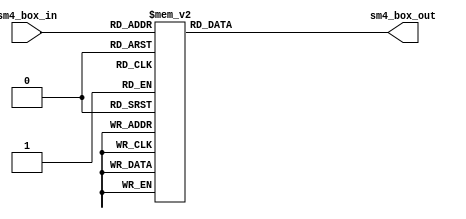
module SM4_SBOX(
	input      [7:0]    sm4_box_in,
	output reg [7:0]    sm4_box_out													
);

always @(*) begin
	case(sm4_box_in)
		8'h00:	  sm4_box_out	<=	8'hd6;
		8'h01:	  sm4_box_out	<=	8'h90;
		8'h02:	  sm4_box_out	<=	8'he9;
		8'h03:	  sm4_box_out	<=	8'hfe;
		8'h04:	  sm4_box_out	<=	8'hcc;
		8'h05:	  sm4_box_out	<=	8'he1;
		8'h06:	  sm4_box_out	<=	8'h3d;
		8'h07:	  sm4_box_out	<=	8'hb7;
		8'h08:	  sm4_box_out	<=	8'h16;
		8'h09:	  sm4_box_out	<=	8'hb6;
		8'h0a:	  sm4_box_out	<=	8'h14;
		8'h0b:	  sm4_box_out	<=	8'hc2;
		8'h0c:	  sm4_box_out	<=	8'h28;
		8'h0d:	  sm4_box_out	<=	8'hfb;
		8'h0e:	  sm4_box_out	<=	8'h2c;
		8'h0f:	  sm4_box_out	<=	8'h05;
		8'h10:	  sm4_box_out	<=	8'h2b;
		8'h11:	  sm4_box_out	<=	8'h67;
		8'h12:	  sm4_box_out	<=	8'h9a;
		8'h13:	  sm4_box_out	<=	8'h76;
		8'h14:	  sm4_box_out	<=	8'h2a;
		8'h15:	  sm4_box_out	<=	8'hbe;
		8'h16:	  sm4_box_out	<=	8'h04;
		8'h17:	  sm4_box_out	<=	8'hc3;
		8'h18:	  sm4_box_out	<=	8'haa;
		8'h19:	  sm4_box_out	<=	8'h44;
		8'h1a:	  sm4_box_out	<=	8'h13;
		8'h1b:	  sm4_box_out	<=	8'h26;
		8'h1c:	  sm4_box_out	<=	8'h49;
		8'h1d:	  sm4_box_out	<=	8'h86;
		8'h1e:	  sm4_box_out	<=	8'h06;
		8'h1f:	  sm4_box_out	<=	8'h99;
		8'h20:	  sm4_box_out	<=	8'h9c;
		8'h21:	  sm4_box_out	<=	8'h42;
		8'h22:	  sm4_box_out	<=	8'h50;
		8'h23:	  sm4_box_out	<=	8'hf4;
		8'h24:	  sm4_box_out	<=	8'h91;
		8'h25:	  sm4_box_out	<=	8'hef;
		8'h26:	  sm4_box_out	<=	8'h98;
		8'h27:	  sm4_box_out	<=	8'h7a;
		8'h28:	  sm4_box_out	<=	8'h33;
		8'h29:	  sm4_box_out	<=	8'h54;
		8'h2a:	  sm4_box_out	<=	8'h0b;
		8'h2b:	  sm4_box_out	<=	8'h43;
		8'h2c:	  sm4_box_out	<=	8'hed;
		8'h2d:	  sm4_box_out	<=	8'hcf;
		8'h2e:	  sm4_box_out	<=	8'hac;
		8'h2f:	  sm4_box_out	<=	8'h62;
		8'h30:	  sm4_box_out	<=	8'he4;
		8'h31:	  sm4_box_out	<=	8'hb3;
		8'h32:	  sm4_box_out	<=	8'h1c;
		8'h33:	  sm4_box_out	<=	8'ha9;
		8'h34:	  sm4_box_out	<=	8'hc9;
		8'h35:	  sm4_box_out	<=	8'h08;
		8'h36:	  sm4_box_out	<=	8'he8;
		8'h37:	  sm4_box_out	<=	8'h95;
		8'h38:	  sm4_box_out	<=	8'h80;
		8'h39:	  sm4_box_out	<=	8'hdf;
		8'h3a:	  sm4_box_out	<=	8'h94;
		8'h3b:	  sm4_box_out	<=	8'hfa;
		8'h3c:	  sm4_box_out	<=	8'h75;
		8'h3d:	  sm4_box_out	<=	8'h8f;
		8'h3e:	  sm4_box_out	<=	8'h3f;
		8'h3f:	  sm4_box_out	<=	8'ha6;
		8'h40:	  sm4_box_out	<=	8'h47;
		8'h41:	  sm4_box_out	<=	8'h07;
		8'h42:	  sm4_box_out	<=	8'ha7;
		8'h43:	  sm4_box_out	<=	8'hfc;
		8'h44:	  sm4_box_out	<=	8'hf3;
		8'h45:	  sm4_box_out	<=	8'h73;
		8'h46:	  sm4_box_out	<=	8'h17;
		8'h47:	  sm4_box_out	<=	8'hba;
		8'h48:	  sm4_box_out	<=	8'h83;
		8'h49:	  sm4_box_out	<=	8'h59;
		8'h4a:	  sm4_box_out	<=	8'h3c;
		8'h4b:	  sm4_box_out	<=	8'h19;
		8'h4c:	  sm4_box_out	<=	8'he6;
		8'h4d:	  sm4_box_out	<=	8'h85;
		8'h4e:	  sm4_box_out	<=	8'h4f;
		8'h4f:	  sm4_box_out	<=	8'ha8;
		8'h50:	  sm4_box_out	<=	8'h68;
		8'h51:	  sm4_box_out	<=	8'h6b;
		8'h52:	  sm4_box_out	<=	8'h81;
		8'h53:	  sm4_box_out	<=	8'hb2;
		8'h54:	  sm4_box_out	<=	8'h71;
		8'h55:	  sm4_box_out	<=	8'h64;
		8'h56:	  sm4_box_out	<=	8'hda;
		8'h57:	  sm4_box_out	<=	8'h8b;
		8'h58:	  sm4_box_out	<=	8'hf8;
		8'h59:	  sm4_box_out	<=	8'heb;
		8'h5a:	  sm4_box_out	<=	8'h0f;
		8'h5b:	  sm4_box_out	<=	8'h4b;
		8'h5c:	  sm4_box_out	<=	8'h70;
		8'h5d:	  sm4_box_out	<=	8'h56;
		8'h5e:	  sm4_box_out	<=	8'h9d;
		8'h5f:	  sm4_box_out	<=	8'h35;
		8'h60:	  sm4_box_out	<=	8'h1e;
		8'h61:	  sm4_box_out	<=	8'h24;
		8'h62:	  sm4_box_out	<=	8'h0e;
		8'h63:	  sm4_box_out	<=	8'h5e;
		8'h64:	  sm4_box_out	<=	8'h63;
		8'h65:	  sm4_box_out	<=	8'h58;
		8'h66:	  sm4_box_out	<=	8'hd1;
		8'h67:	  sm4_box_out	<=	8'ha2;
		8'h68:	  sm4_box_out	<=	8'h25;
		8'h69:	  sm4_box_out	<=	8'h22;
		8'h6a:	  sm4_box_out	<=	8'h7c;
		8'h6b:	  sm4_box_out	<=	8'h3b;
		8'h6c:	  sm4_box_out	<=	8'h01;
		8'h6d:	  sm4_box_out	<=	8'h21;
		8'h6e:	  sm4_box_out	<=	8'h78;
		8'h6f:	  sm4_box_out	<=	8'h87;
		8'h70:	  sm4_box_out	<=	8'hd4;
		8'h71:	  sm4_box_out	<=	8'h00;
		8'h72:	  sm4_box_out	<=	8'h46;
		8'h73:	  sm4_box_out	<=	8'h57;
		8'h74:	  sm4_box_out	<=	8'h9f;
		8'h75:	  sm4_box_out	<=	8'hd3;
		8'h76:	  sm4_box_out	<=	8'h27;
		8'h77:	  sm4_box_out	<=	8'h52;
		8'h78:	  sm4_box_out	<=	8'h4c;
		8'h79:	  sm4_box_out	<=	8'h36;
		8'h7a:	  sm4_box_out	<=	8'h02;
		8'h7b:	  sm4_box_out	<=	8'he7;
		8'h7c:	  sm4_box_out	<=	8'ha0;
		8'h7d:	  sm4_box_out	<=	8'hc4;
		8'h7e:	  sm4_box_out	<=	8'hc8;
		8'h7f:	  sm4_box_out	<=	8'h9e;
		8'h80:	  sm4_box_out	<=	8'hea;
		8'h81:	  sm4_box_out	<=	8'hbf;
		8'h82:	  sm4_box_out	<=	8'h8a;
		8'h83:	  sm4_box_out	<=	8'hd2;
		8'h84:	  sm4_box_out	<=	8'h40;
		8'h85:	  sm4_box_out	<=	8'hc7;
		8'h86:	  sm4_box_out	<=	8'h38;
		8'h87:	  sm4_box_out	<=	8'hb5;
		8'h88:	  sm4_box_out	<=	8'ha3;
		8'h89:	  sm4_box_out	<=	8'hf7;
		8'h8a:	  sm4_box_out	<=	8'hf2;
		8'h8b:	  sm4_box_out	<=	8'hce;
		8'h8c:	  sm4_box_out	<=	8'hf9;
		8'h8d:	  sm4_box_out	<=	8'h61;
		8'h8e:	  sm4_box_out	<=	8'h15;
		8'h8f:	  sm4_box_out	<=	8'ha1;
		8'h90:	  sm4_box_out	<=	8'he0;
		8'h91:	  sm4_box_out	<=	8'hae;
		8'h92:	  sm4_box_out	<=	8'h5d;
		8'h93:	  sm4_box_out	<=	8'ha4;
		8'h94:	  sm4_box_out	<=	8'h9b;
		8'h95:	  sm4_box_out	<=	8'h34;
		8'h96:	  sm4_box_out	<=	8'h1a;
		8'h97:	  sm4_box_out	<=	8'h55;
		8'h98:	  sm4_box_out	<=	8'had;
		8'h99:	  sm4_box_out	<=	8'h93;
		8'h9a:	  sm4_box_out	<=	8'h32;
		8'h9b:	  sm4_box_out	<=	8'h30;
		8'h9c:	  sm4_box_out	<=	8'hf5;
		8'h9d:	  sm4_box_out	<=	8'h8c;
		8'h9e:	  sm4_box_out	<=	8'hb1;
		8'h9f:	  sm4_box_out	<=	8'he3;
		8'ha0:	  sm4_box_out	<=	8'h1d;
		8'ha1:	  sm4_box_out	<=	8'hf6;
		8'ha2:	  sm4_box_out	<=	8'he2;
		8'ha3:	  sm4_box_out	<=	8'h2e;
		8'ha4:	  sm4_box_out	<=	8'h82;
		8'ha5:	  sm4_box_out	<=	8'h66;
		8'ha6:	  sm4_box_out	<=	8'hca;
		8'ha7:	  sm4_box_out	<=	8'h60;
		8'ha8:	  sm4_box_out	<=	8'hc0;
		8'ha9:	  sm4_box_out	<=	8'h29;
		8'haa:	  sm4_box_out	<=	8'h23;
		8'hab:	  sm4_box_out	<=	8'hab;
		8'hac:	  sm4_box_out	<=	8'h0d;
		8'had:	  sm4_box_out	<=	8'h53;
		8'hae:	  sm4_box_out	<=	8'h4e;
		8'haf:	  sm4_box_out	<=	8'h6f;
		8'hb0:	  sm4_box_out	<=	8'hd5;
		8'hb1:	  sm4_box_out	<=	8'hdb;
		8'hb2:	  sm4_box_out	<=	8'h37;
		8'hb3:	  sm4_box_out	<=	8'h45;
		8'hb4:	  sm4_box_out	<=	8'hde;
		8'hb5:	  sm4_box_out	<=	8'hfd;
		8'hb6:	  sm4_box_out	<=	8'h8e;
		8'hb7:	  sm4_box_out	<=	8'h2f;
		8'hb8:	  sm4_box_out	<=	8'h03;
		8'hb9:	  sm4_box_out	<=	8'hff;
		8'hba:	  sm4_box_out	<=	8'h6a;
		8'hbb:	  sm4_box_out	<=	8'h72;
		8'hbc:	  sm4_box_out	<=	8'h6d;
		8'hbd:	  sm4_box_out	<=	8'h6c;
		8'hbe:	  sm4_box_out	<=	8'h5b;
		8'hbf:	  sm4_box_out	<=	8'h51;
		8'hc0:	  sm4_box_out	<=	8'h8d;
		8'hc1:	  sm4_box_out	<=	8'h1b;
		8'hc2:	  sm4_box_out	<=	8'haf;
		8'hc3:	  sm4_box_out	<=	8'h92;
		8'hc4:	  sm4_box_out	<=	8'hbb;
		8'hc5:	  sm4_box_out	<=	8'hdd;
		8'hc6:	  sm4_box_out	<=	8'hbc;
		8'hc7:	  sm4_box_out	<=	8'h7f;
		8'hc8:	  sm4_box_out	<=	8'h11;
		8'hc9:	  sm4_box_out	<=	8'hd9;
		8'hca:	  sm4_box_out	<=	8'h5c;
		8'hcb:	  sm4_box_out	<=	8'h41;
		8'hcc:	  sm4_box_out	<=	8'h1f;
		8'hcd:	  sm4_box_out	<=	8'h10;
		8'hce:	  sm4_box_out	<=	8'h5a;
		8'hcf:	  sm4_box_out	<=	8'hd8;
		8'hd0:	  sm4_box_out	<=	8'h0a;
		8'hd1:	  sm4_box_out	<=	8'hc1;
		8'hd2:	  sm4_box_out	<=	8'h31;
		8'hd3:	  sm4_box_out	<=	8'h88;
		8'hd4:	  sm4_box_out	<=	8'ha5;
		8'hd5:	  sm4_box_out	<=	8'hcd;
		8'hd6:	  sm4_box_out	<=	8'h7b;
		8'hd7:	  sm4_box_out	<=	8'hbd;
		8'hd8:	  sm4_box_out	<=	8'h2d;
		8'hd9:	  sm4_box_out	<=	8'h74;
		8'hda:	  sm4_box_out	<=	8'hd0;
		8'hdb:	  sm4_box_out	<=	8'h12;
		8'hdc:	  sm4_box_out	<=	8'hb8;
		8'hdd:	  sm4_box_out	<=	8'he5;
		8'hde:	  sm4_box_out	<=	8'hb4;
		8'hdf:	  sm4_box_out	<=	8'hb0;
		8'he0:	  sm4_box_out	<=	8'h89;
		8'he1:	  sm4_box_out	<=	8'h69;
		8'he2:	  sm4_box_out	<=	8'h97;
		8'he3:	  sm4_box_out	<=	8'h4a;
		8'he4:	  sm4_box_out	<=	8'h0c;
		8'he5:	  sm4_box_out	<=	8'h96;
		8'he6:	  sm4_box_out	<=	8'h77;
		8'he7:	  sm4_box_out	<=	8'h7e;
		8'he8:	  sm4_box_out	<=	8'h65;
		8'he9:	  sm4_box_out	<=	8'hb9;
		8'hea:	  sm4_box_out	<=	8'hf1;
		8'heb:	  sm4_box_out	<=	8'h09;
		8'hec:	  sm4_box_out	<=	8'hc5;
		8'hed:	  sm4_box_out	<=	8'h6e;
		8'hee:	  sm4_box_out	<=	8'hc6;
		8'hef:	  sm4_box_out	<=	8'h84;
		8'hf0:	  sm4_box_out	<=	8'h18;
		8'hf1:	  sm4_box_out	<=	8'hf0;
		8'hf2:	  sm4_box_out	<=	8'h7d;
		8'hf3:	  sm4_box_out	<=	8'hec;
		8'hf4:	  sm4_box_out	<=	8'h3a;
		8'hf5:	  sm4_box_out	<=	8'hdc;
		8'hf6:	  sm4_box_out	<=	8'h4d;
		8'hf7:	  sm4_box_out	<=	8'h20;
		8'hf8:	  sm4_box_out	<=	8'h79;
		8'hf9:	  sm4_box_out	<=	8'hee;
		8'hfa:	  sm4_box_out	<=	8'h5f;
		8'hfb:	  sm4_box_out	<=	8'h3e;
		8'hfc:	  sm4_box_out	<=	8'hd7;
		8'hfd:	  sm4_box_out	<=	8'hcb;
		8'hfe:	  sm4_box_out	<=	8'h39;
		default:  sm4_box_out	<=	8'h48; //8'hff
	endcase
end

endmodule